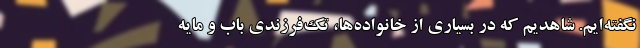
نگفته‌ایم. شاهدیم که در بسیاری از خانواده‌ها، تک‌فرزندی باب و مایه